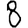
Digit: 8